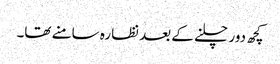
کچھ دور چلنے کے بعد نظارہ سامنے تھا۔